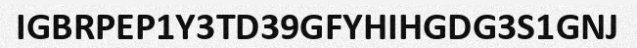
IGBRPEP1Y3TD39GFYHIHGDG3S1GNJ